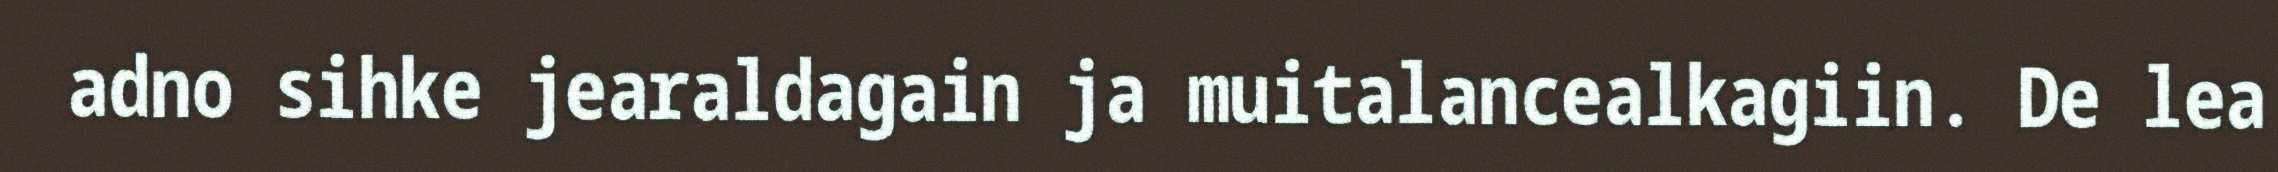
adno sihke jearaldagain ja muitalancealkagiin. De lea